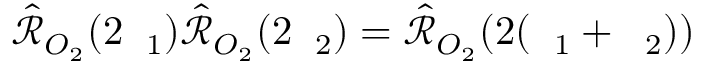
\hat { \mathcal { R } } _ { O _ { 2 } } ( 2 { \it \Delta \phi } _ { 1 } ) \hat { \mathcal { R } } _ { O _ { 2 } } ( 2 { \it \Delta \phi } _ { 2 } ) = \hat { \mathcal { R } } _ { O _ { 2 } } ( 2 ( { \it \Delta \phi } _ { 1 } + { \it \Delta \phi } _ { 2 } ) )